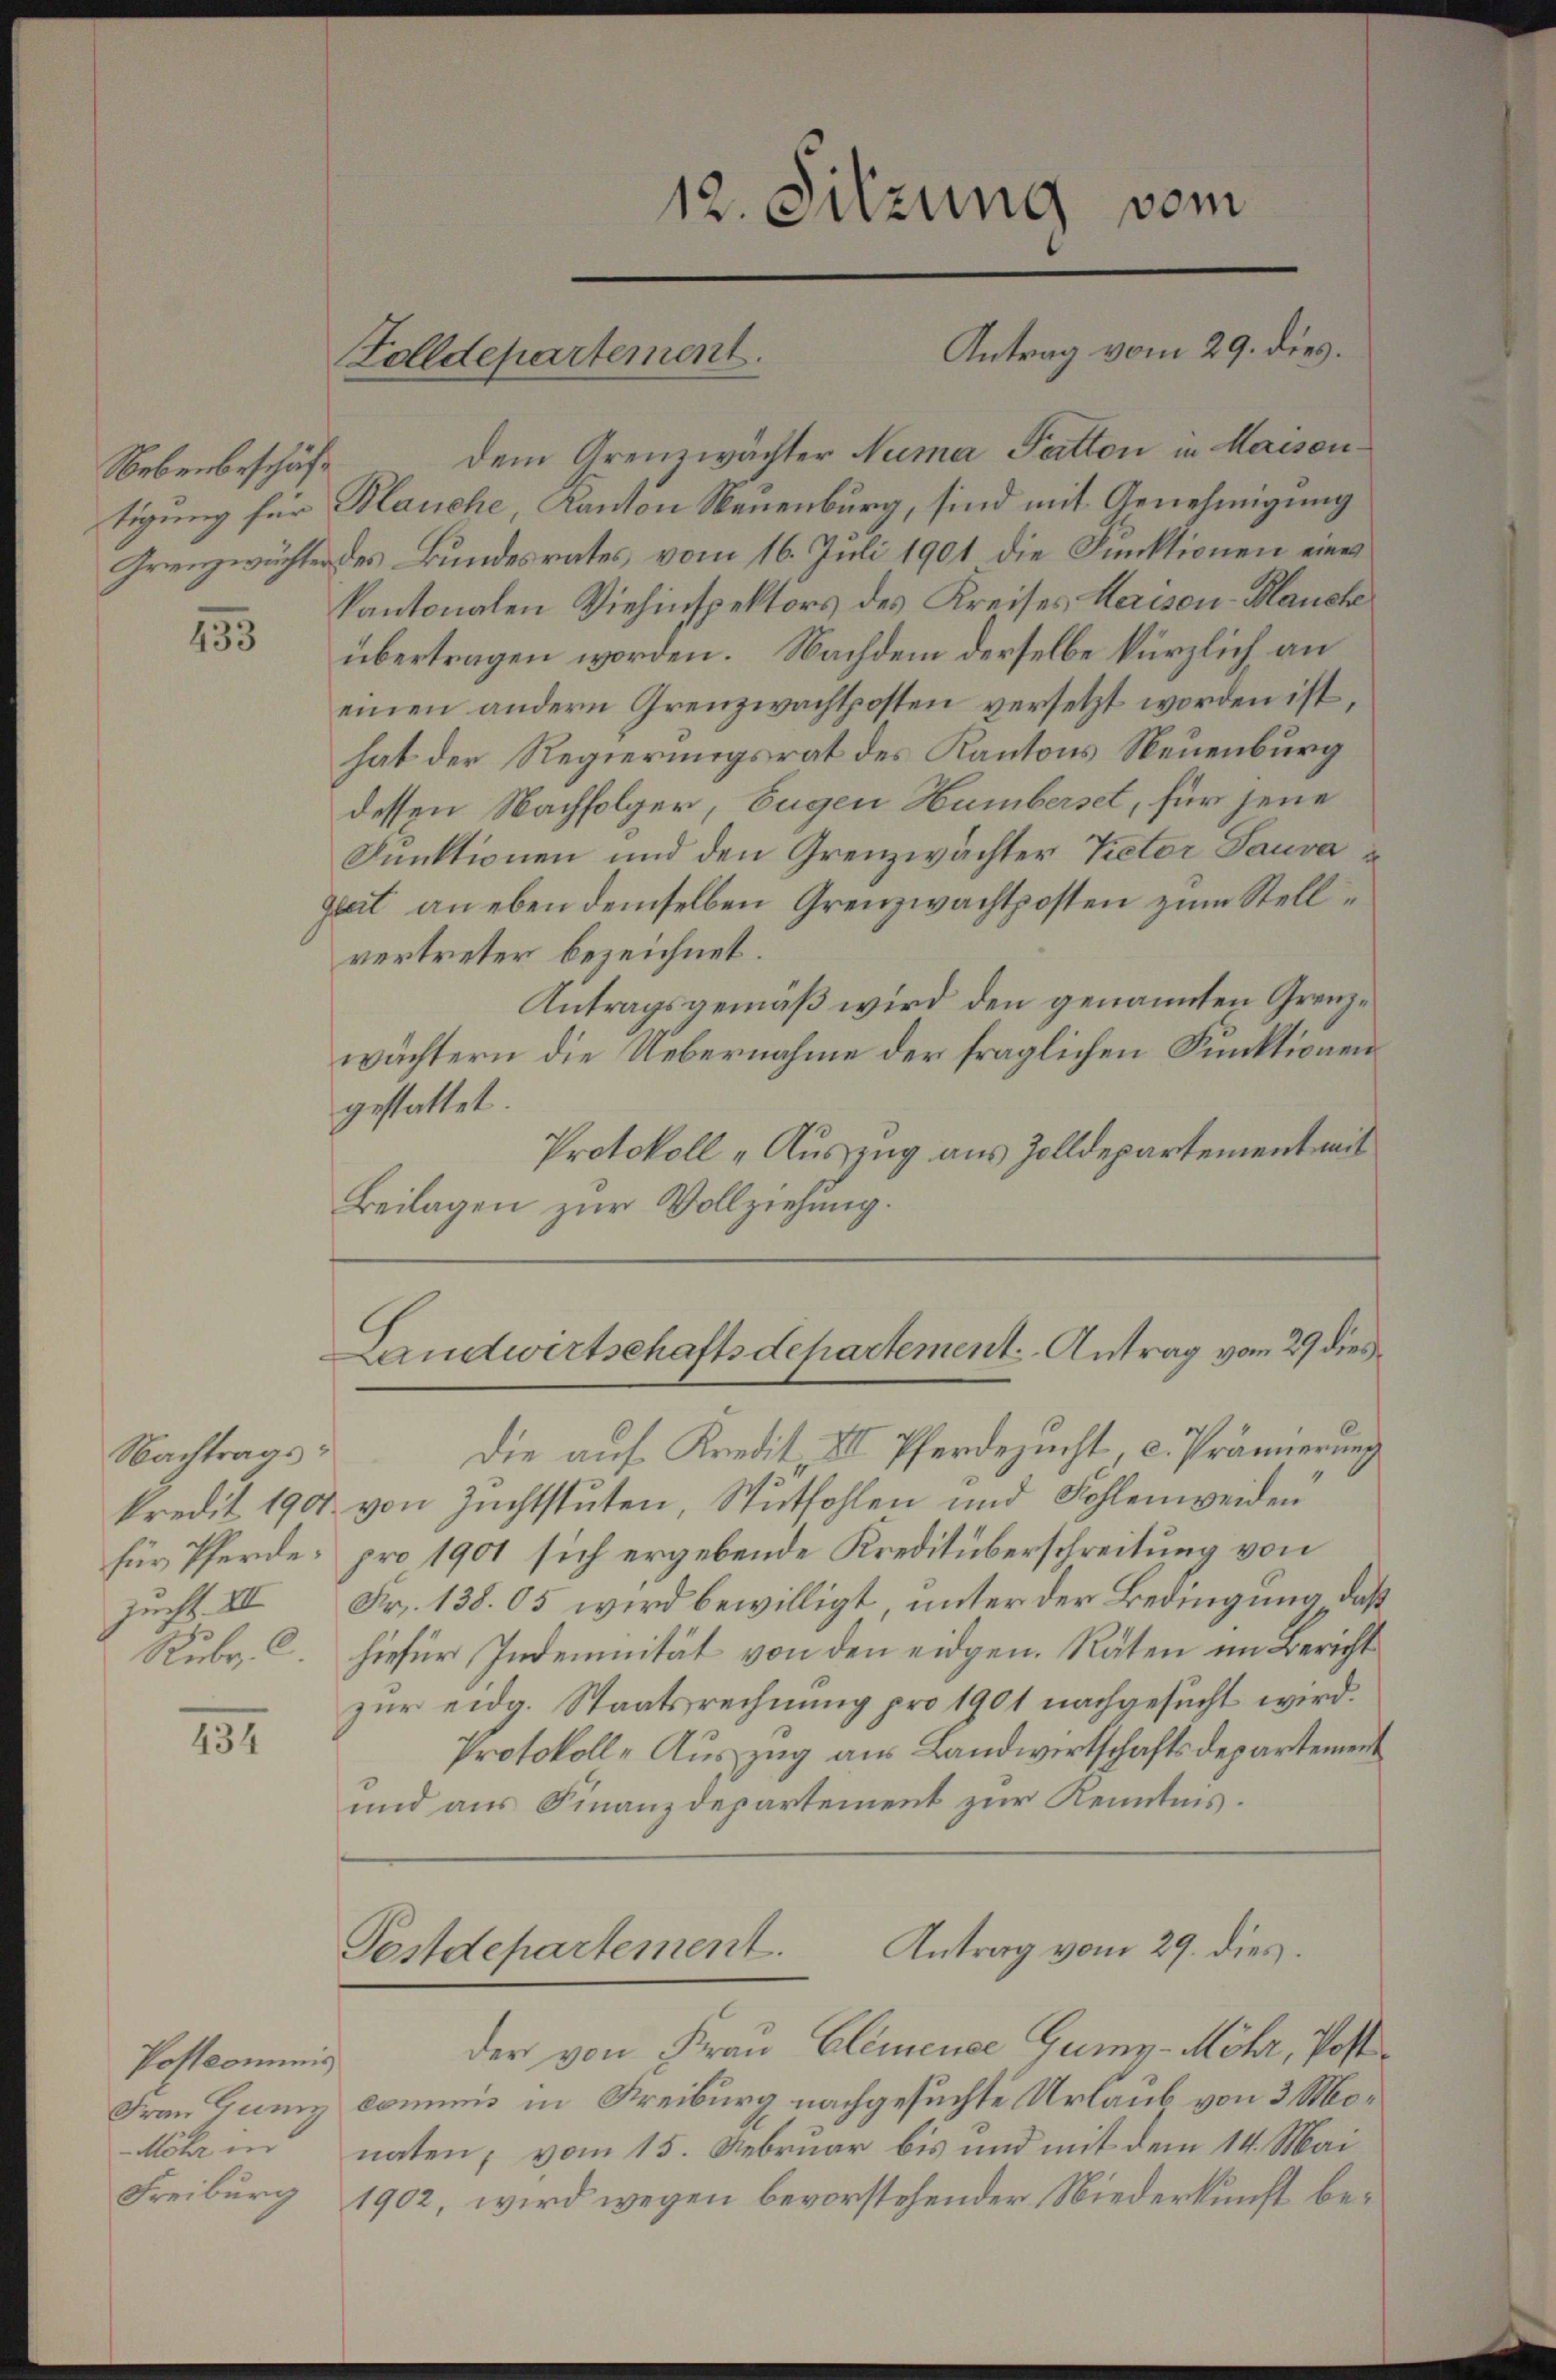
Nebenbeschäft

153

Nachtragsfür Pferdesucht III
Rubr. c.

151

Postcommis
Frau Gunz

Zolldepartement.

12. Sitzung vom
Antrag vom 29. dies.

dem Grenzwächter Numa Patton in Maison
tigung für Blauche, Kanton Neuenburg, sind mit Genehmigung
Grenzeichter des Bundesrates, vom 16. Juli 1901 die Funktionen eines
kantonalen Viehinspektors des Kreises Heisen-Mauche
übertragen worden. Nachdem derselbe kürzlich an
einen andern Grenzwachtposten versetzt worden ist
hat der Regierungsrat des Kantons Neuenburg
dessen Nachfolger, Eugen Humberset, für jene
Funktionen und den Grenzwachter Peter Sauva¬
Zeit an eben demselben Grenzwachtposten zum Stellvertreter bezeichnet.
Antragsgemäß wird den genannten Grenzwächtern die Uebernahme der fraglichen Funktionen
gestattet.
Protokoll „Auszug aus Zolldepartement mit
Beilagen zur Vollziehung.

Landwirtschaftsdepartement. Antrag vom 29 dies

Die auf Kredit, III. Pferdezucht, c. Prämierung
kredit 1901 von Zuchtstuten, Stutfohlen und Kohlenweiden
pro 1901 sich ergebende Kreditüberschreitung von
Fr. 138. 65 wird bewilligt, unter der Bedingung, daß
hiefür Indemnität von den eidgen. Räten im Bericht
zur eidg. Staatsrechnung pro 1901 nachgesucht wird.
Protokoll-Auszug aus Landwirtschaftsdepartement
und aus Finanzdepartement zur Kenntnis.

Antrag vom 29. dies
Postdepartement.
der von Frau Clemence Gumn-Möhr, Post

cominis in Kreiburg nachgesuchte Urlaub von 3 Mo¬
Mehr in naten, vom 15. Februar bis und mit dem 14. Mai
Freiburg 1902, wird wegen bevorstehender Niederkunft be¬